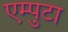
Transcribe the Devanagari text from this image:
एम्पुटा